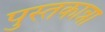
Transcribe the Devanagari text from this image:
पुस्तकान्ना